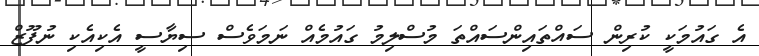
އެ ގައުމަކީ ކުރިން ސައްތައިންސައްތަ މުސްލިމު ގައުމެއް ނަމަވެސް ސިޔާސީ އެކިއެކި ނުފޫޒް